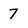
Character: 7